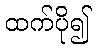
ထက်ပို၍